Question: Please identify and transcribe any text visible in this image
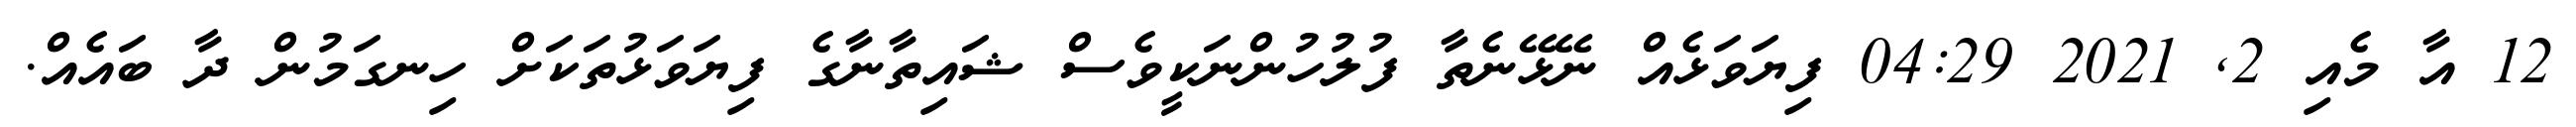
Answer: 12 އާ މެއި 2, 2021 04:29 ފިޔަވަޅެއް ނޭޅޭނެތާ ފުލުހުންނަކީވެސް ޝައިތާނާގެ ފިޔަވަޅުތަކަށް ހިނގަމުން ދާ ބައެއް.